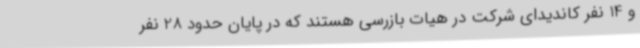
و 14 نفر کاندیدای شرکت در هیات بازرسی هستند که در پایان حدود 28 نفر